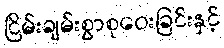
ငြိမ်းချမ်းစွာစုဝေးခြင်းနှင့်